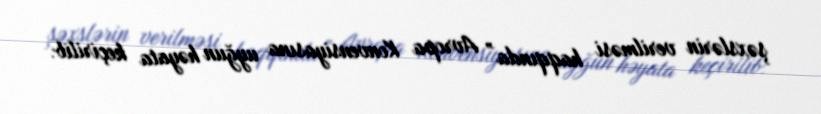
şəxslərin verilməsi haqqında” Avropa Konvensiyasına uyğun həyata keçirilib.